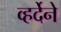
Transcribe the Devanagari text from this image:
व्हर्देने